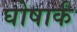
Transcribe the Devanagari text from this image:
घोषार्क